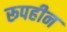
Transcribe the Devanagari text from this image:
रूपहीन